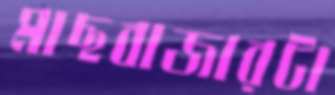
মাছবাজারটা